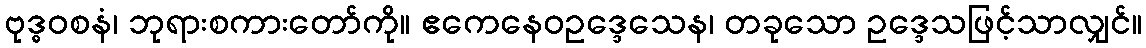
ဗုဒ္ဓဝစနံ၊ ဘုရားစကားတော်ကို။ ဧကေနေဝဥဒ္ဒေသေန၊ တခုသော ဥဒ္ဒေသဖြင့်သာလျှင်။